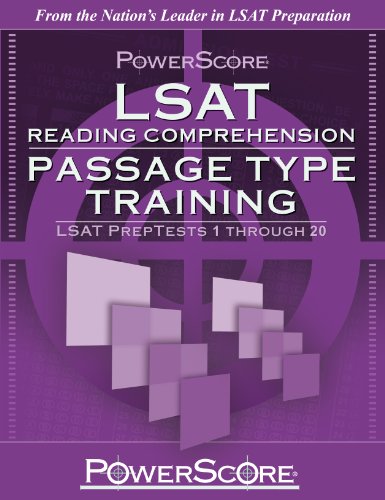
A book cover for PowerScore LSAT Reading Comprehension: Passage Type Training (Powerscore Test Preparation); David M. Killoran; Test Preparation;